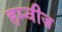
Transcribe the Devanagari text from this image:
हम्वीज़